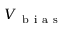
V _ { \mathrm { ~ b ~ i ~ a ~ s ~ } }